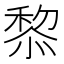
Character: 𥠖